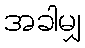
အခါမျှ